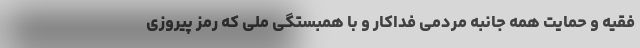
فقیه و حمایت همه جانبه مردمی فداکار و با همبستگی ملی که رمز پیروزی